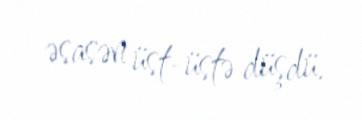
əsasən üst-üstə düşdü.